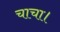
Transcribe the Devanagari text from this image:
चाचा।